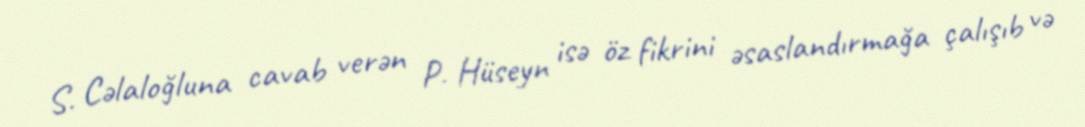
S. Cəlaloğluna cavab verən P. Hüseyn isə öz fikrini əsaslandırmağa çalışıb və